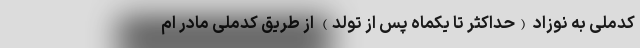
کدملی به نوزاد (حداکثر تا یکماه پس از تولد) از طریق کدملی مادر ام